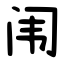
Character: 闱